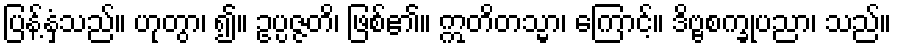
ပြန့်နှံ့သည်။ ဟုတွာ၊ ၍။ ဥပ္ပဇ္ဇတိ၊ ဖြစ်၏။ ဣတိတသ္မာ၊ ကြောင့်။ ဒိဗ္ဗစက္ခုပညာ၊ သည်။